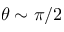
\theta \sim \pi / 2